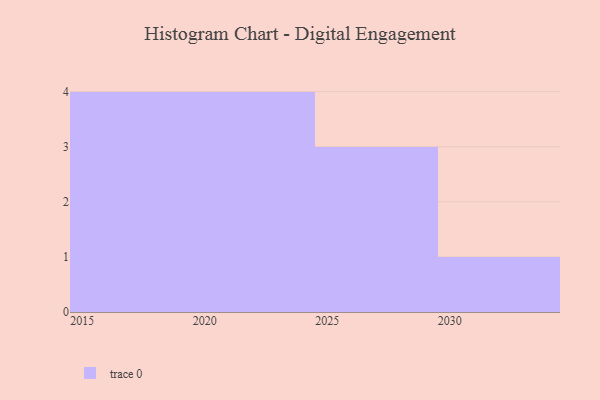
{"axis": {"x": "Year", "y": "Satisfaction Score"}, "legend": [""], "data": [{"x": "2023", "y": 81, "type": ""}, {"x": "2030", "y": 91, "type": ""}, {"x": "2028", "y": 47, "type": ""}, {"x": "2015", "y": 13, "type": ""}, {"x": "2017", "y": 85, "type": ""}, {"x": "2020", "y": 60, "type": ""}, {"x": "2021", "y": 30, "type": ""}, {"x": "2027", "y": 52, "type": ""}, {"x": "2026", "y": 79, "type": ""}, {"x": "2016", "y": 4, "type": ""}, {"x": "2024", "y": 30, "type": ""}, {"x": "2018", "y": 48, "type": ""}]}